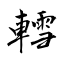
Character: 轌